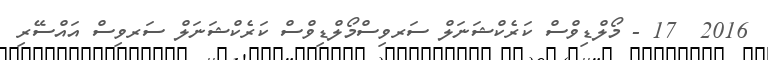
2016  17 - މޯލްޑިވްސް ކަރެކްޝަނަލް ސަރވިސްމޯލްޑިވްސް ކަރެކްޝަނަލް ސަރވިސް އައްސޭރި